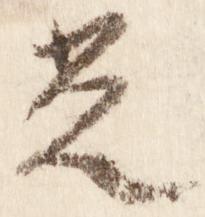
光